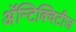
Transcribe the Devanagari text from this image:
अॅन्टिक्विटीज